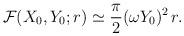
LaTeX: \begin{align*}{\cal F} (X_0, Y_0; r) \simeq \frac{\pi}{2} (\omega Y_0)^2 \, r .\end{align*}